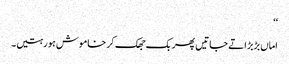
‘‘
اماں بڑبڑاتے جاتیں پھر بک جھک کر خاموش ہو رہتیں۔